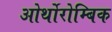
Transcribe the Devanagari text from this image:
ओर्थोरोम्बिक